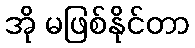
အို မဖြစ်နိုင်တာ